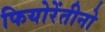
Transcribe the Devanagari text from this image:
फियोरेंतीनो